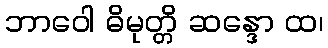
ဘာဝေါ ဓိမုတ္တိ ဆန္ဒော ထ၊